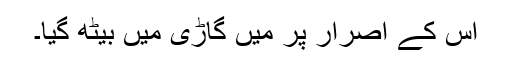
اس کے اصرار پر میں گاڑی میں بیٹھ گیا۔